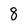
Character: 8